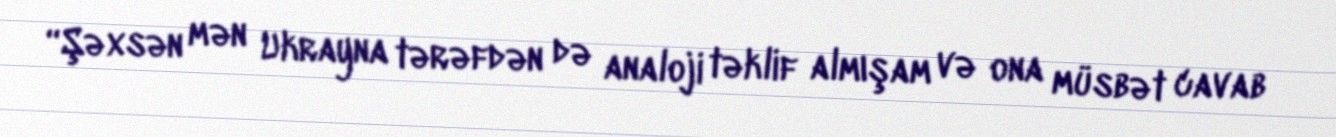
“Şəxsən mən Ukrayna tərəfdən də analoji təklif almışam və ona müsbət cavab